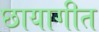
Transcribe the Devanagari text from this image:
छायागीत